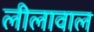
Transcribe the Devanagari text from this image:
लीलावाल